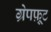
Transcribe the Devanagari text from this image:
ग्रेपफ़्रूट